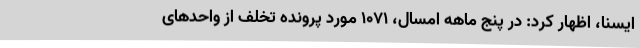
ایسنا، اظهار کرد: در پنج ماهه امسال، 1071 مورد پرونده تخلف از واحدهای